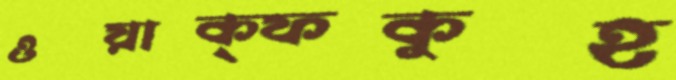
ওয়াক্ফকুহ